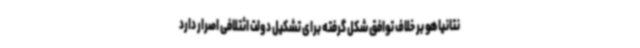
نتانیاهو بر خلاف توافق شکل گرفته برای تشکیل دولت ائتلافی اصرار دارد